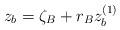
LaTeX: \begin{align*}z_b = \zeta_B + r_B z_b^{(1)}\end{align*}